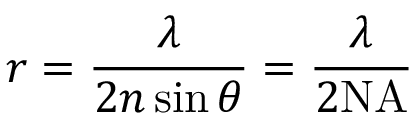
r = { \frac { \lambda } { 2 n \sin { \theta } } } = { \frac { \lambda } { 2 \mathrm { N A } } }